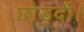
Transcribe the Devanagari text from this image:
छोड़दी।